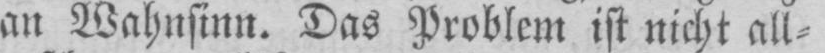
an Wahnsinn. Das Problem ist nicht all⸗